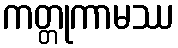
ကတ္တုကာမဿ